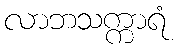
လာဘသက္ကာရံ